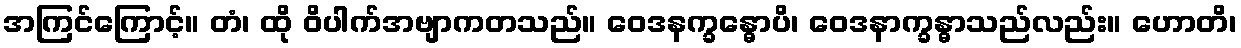
အကြင်ကြောင့်။ တံ၊ ထို ဝိပါက်အဗျာကတသည်။ ဝေဒနက္ခန္ဓောပိ၊ ဝေဒနာက္ခန္ဓာသည်လည်း။ ဟောတိ၊